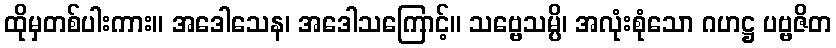
ထိုမှတစ်ပါးကား။ အဒေါသေန၊ အဒေါသကြောင့်။ သဗ္ဗေသမ္ပိ၊ အလုံးစုံသော ဂဟဋ္ဌ ပဗ္ဗဇိတ